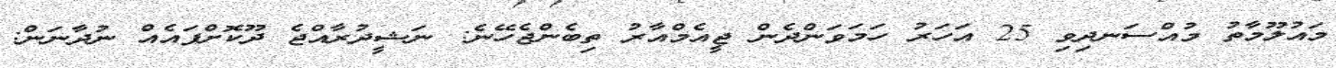
މައުލޫމާތު މުއްސަނދިވި 25 އަހަރު ހަމަވަންދެން ޖީއެމްއާރު ތިބެންޖެހޭނެ: ނަޝީދުރާއްޖެ ދޫކޮށްފައެއް ނުދާނަން: